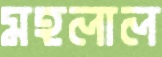
মহলাল